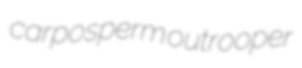
carposperm outrooper